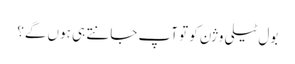
بول ٹیلی وژن کو تو آپ جانتے ہی ہوں گے؟